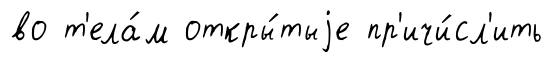
во т'ела́м откры́тыjе пр'ичи́сл'ить